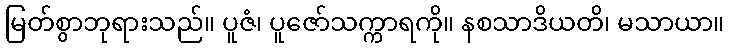
မြတ်စွာဘုရားသည်။ ပူဇံ၊ ပူဇော်သက္ကာရကို။ နစသာဒိယတိ၊ မသာယာ။